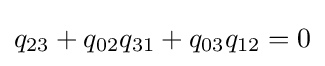
q_{23}+q_{02}q_{31}+q_{03}q_{12}=0